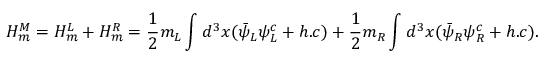
H _ { m } ^ { M } = H _ { m } ^ { L } + H _ { m } ^ { R } = \frac { 1 } { 2 } m _ { L } \int d ^ { 3 } { x } ( \bar { \psi } _ { L } \psi _ { L } ^ { c } + h . c ) + \frac { 1 } { 2 } m _ { R } \int d ^ { 3 } { x } ( \bar { \psi } _ { R } \psi _ { R } ^ { c } + h . c ) .